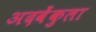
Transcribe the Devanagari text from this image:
अदवेंकुला